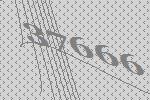
37666